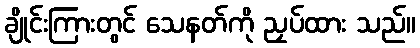
ချိုင်းကြားတွင် သေနတ်ကို ညှပ်ထား သည်။